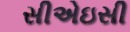
સીએઇસી